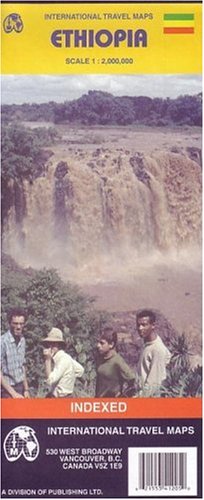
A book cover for Ethiopia Map; Itet; Travel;